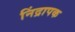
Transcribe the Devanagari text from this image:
निंद्रापक